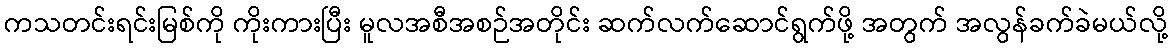
ကသတင်းရင်းမြစ်ကို ကိုးကားပြီး မူလအစီအစဉ်အတိုင်း ဆက်လက်ဆောင်ရွက်ဖို့ အတွက် အလွန်ခက်ခဲမယ်လို့